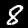
Digit: 8